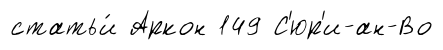
статьи́ Аркон 149 С'юр'и-ан-Во